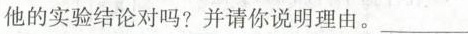
他的实验结论对吗?并请你说明理由。___